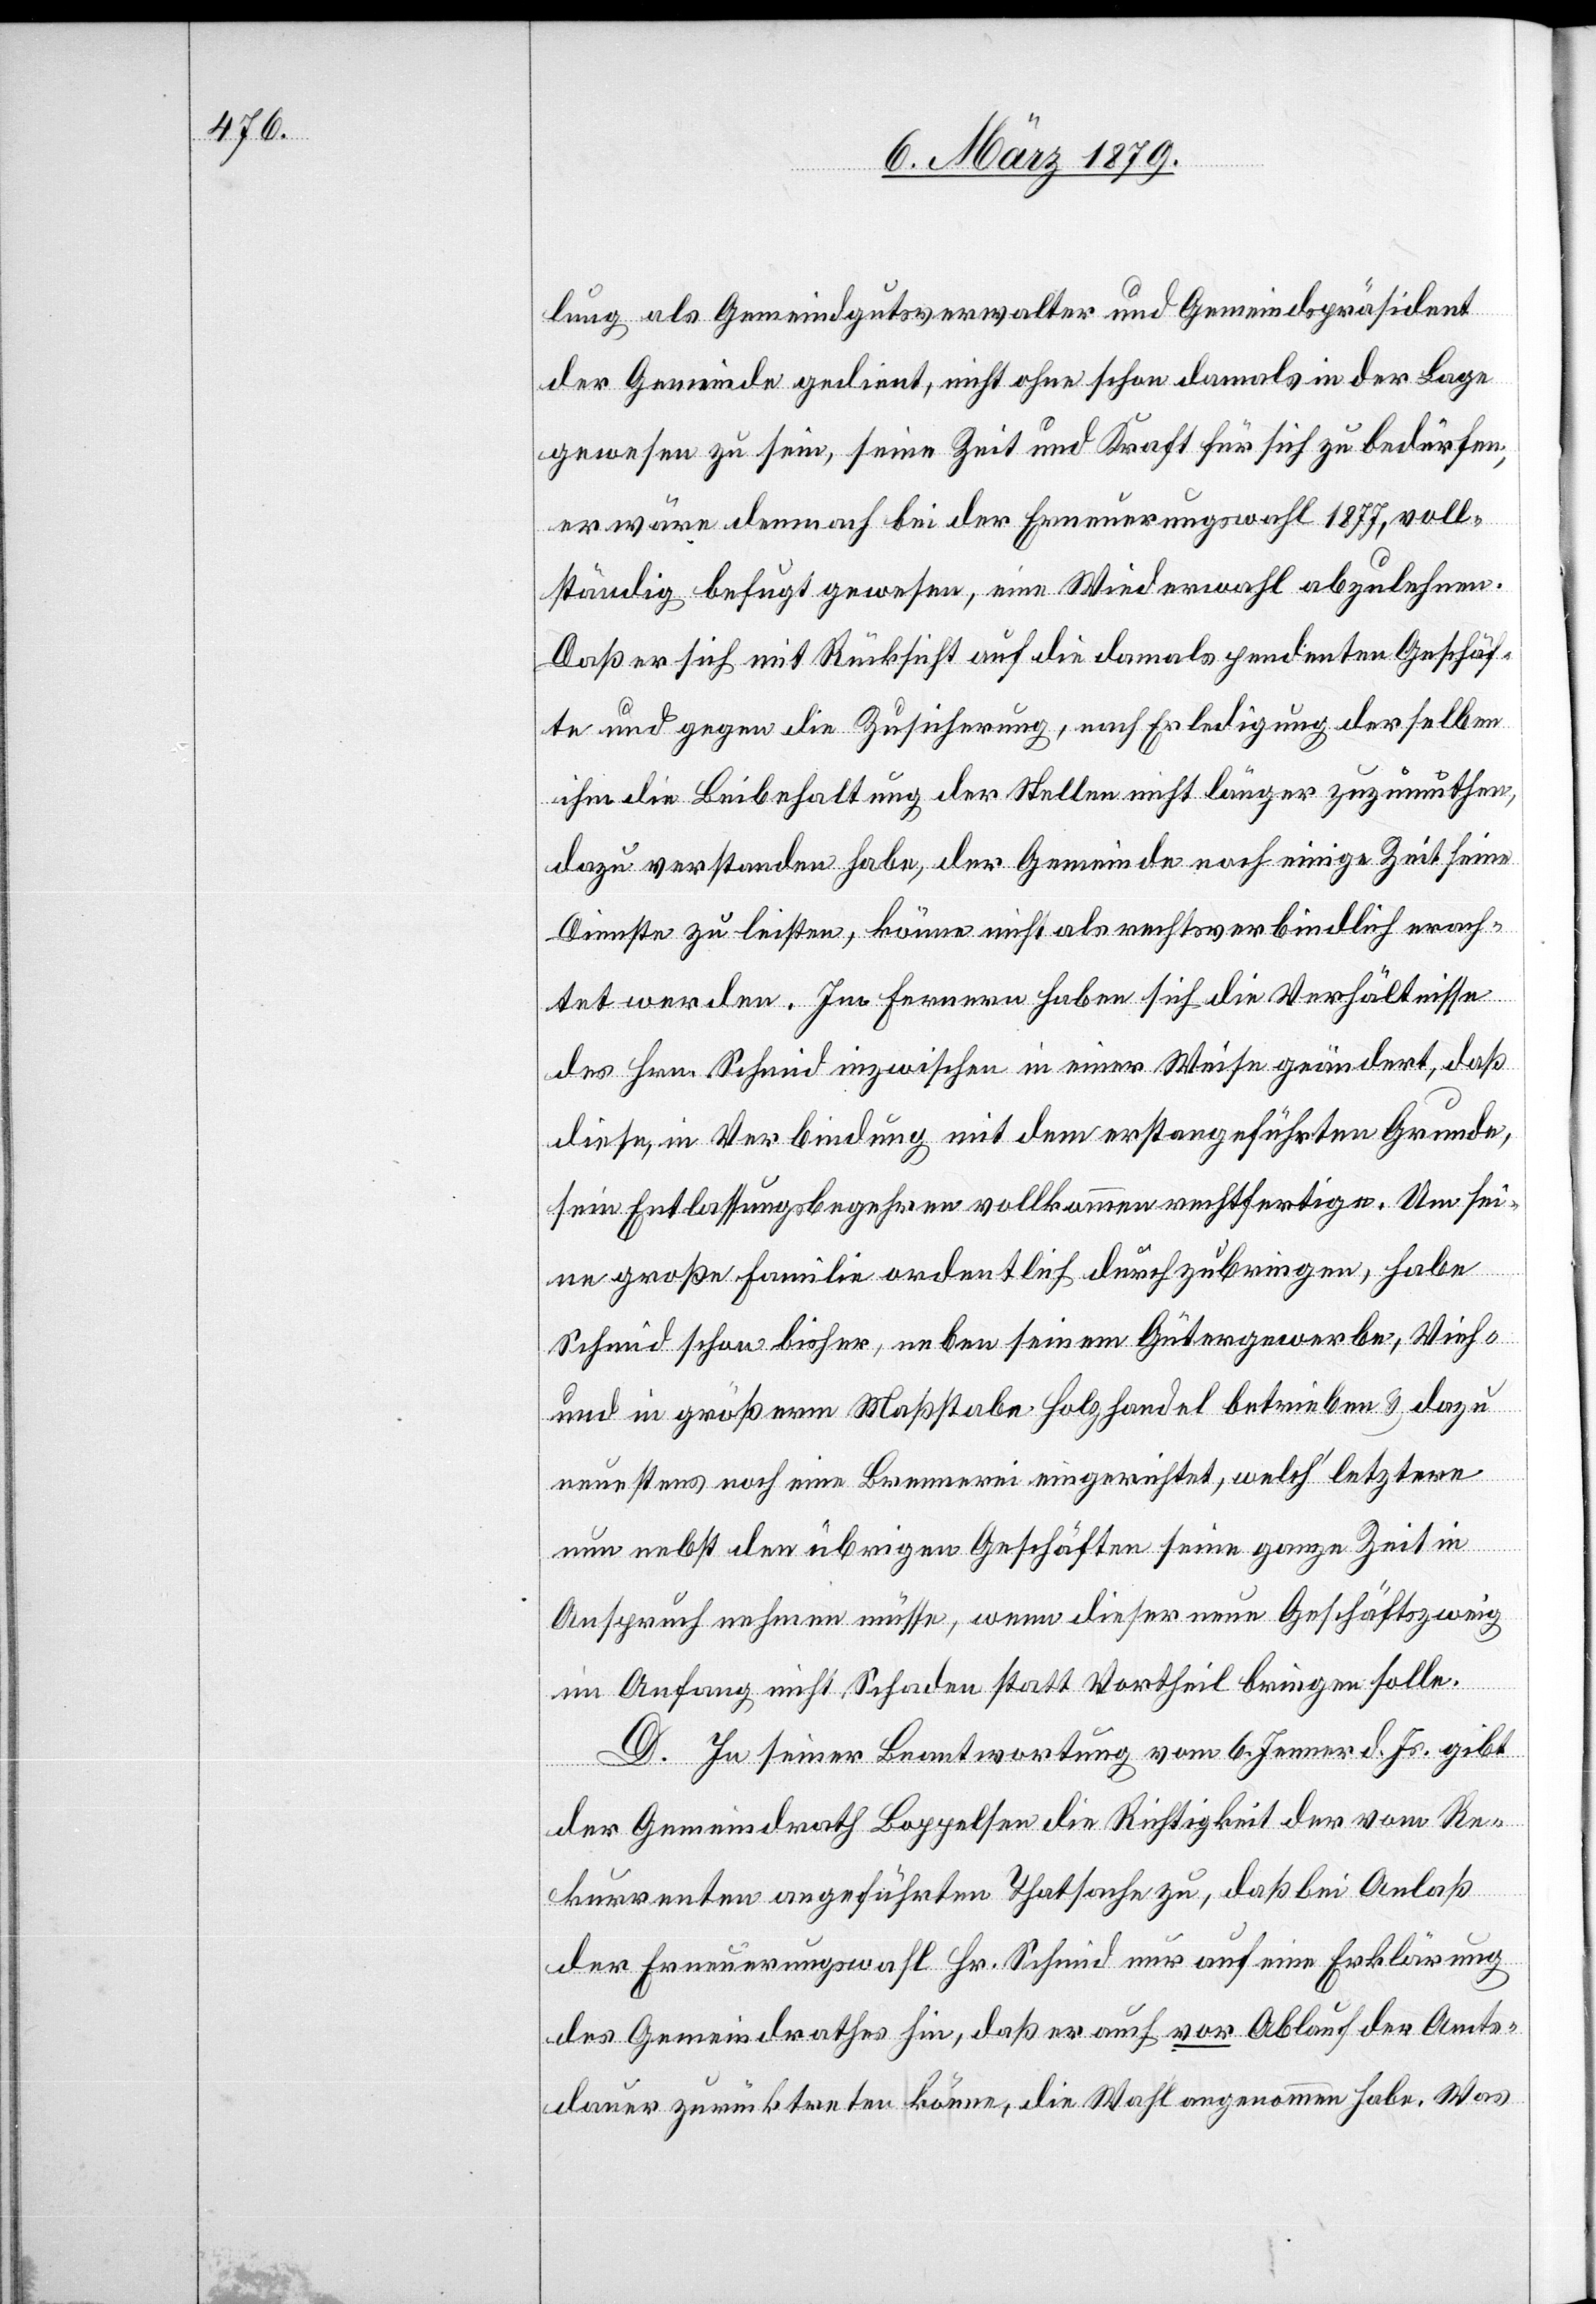
lung als Gemeindgutsverwalter und Gemeindspräsident
der Gemeinde gedient, nicht ohne schon damals in der Lage
gewesen zu sein, seine Zeit und Kraft für sich zu bedürfen;
er wäre demnach bei der Erneuerungswahl 1877, voll¬
ständig befugt gewesen, eine Wiederwahl abzulehnen.
Daß er sich mit Rücksicht auf die damals pendenten Geschäf¬
te und gegen die Zusicherung, nach Erledigung derselben
ihm die Beibehaltung der Stellen nicht länger zuzumuthen,
dazu verstanden habe, der Gemeinde noch einige Zeit seine
Dienste zu leisten, könne nicht als rechtsverbindlich erach¬
tet werden. Im Fernern haben sich die Verhältnisse
des Hrn. Schmid inzwischen in einer Weise geändert, daß
diese, in Verbindung mit dem erstangeführten Grunde,
sein Entlassungsbegehren vollkommen rechtfertigen. Um sei¬
ne große Familie ordentlich durchzubringen, habe
Schmid schon bisher, neben seinem Gütergewerbe, Vieh-
und in größerem Maßstabe Holzhandel betrieben & dazu
neuestens noch eine Brennerei eingerichtet, welch’ letztere
nun nebst den übrigen Geschäften seine ganze Zeit in
Anspruch nehmen müsse, wenn dieser neue Geschäftszweig
im Anfang nicht Schaden statt Vortheil bringen solle.
D. In seiner Beantwortung vom 6. Jenner d. Js. gibt
der Gemeindrath Boppelsen die Richtigkeit der vom Re¬
kurrenten angeführten Thatsache zu, daß bei Anlaß
der Erneuerungswahl Hr. Schmid nur auf eine Erklärung
des Gemeindrathes hin, daß er auch vor Ablauf der Amts¬
dauer zurücktreten könne, die Wahl angenommen habe. Was